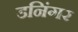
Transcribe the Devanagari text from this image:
डनिंगर